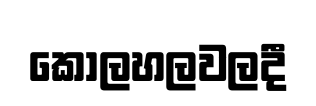
කෝලහලවලදී